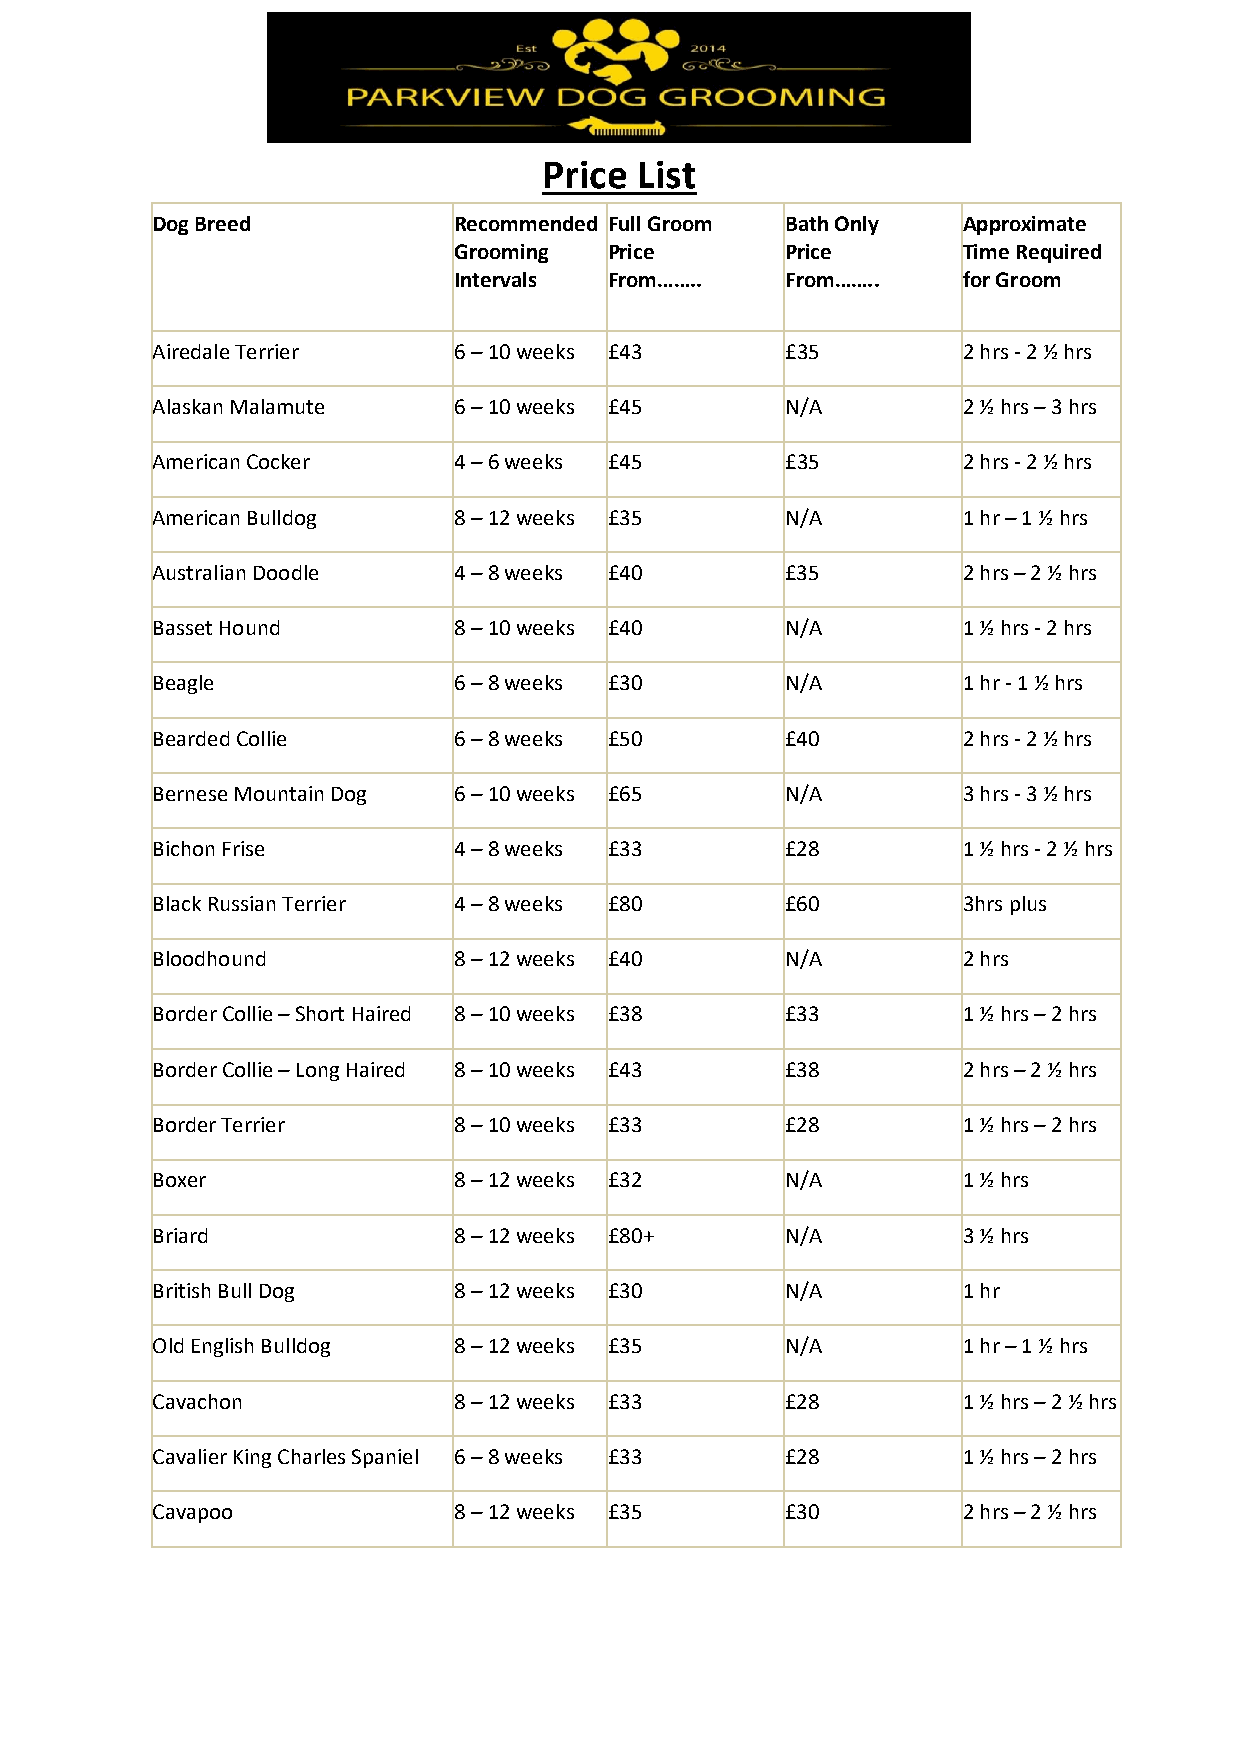
Price List
 Dog Breed           Recommended Full Groom Bath Only  Approximate
 Grooming  Price       Price       Time Required
 Intervals From……..    From……..    for Groom
 Airedale Terrier    6 – 10 weeks £43      £35         2 hrs - 2 ½ hrs
 Alaskan Malamute    6 – 10 weeks £45      N/A         2 ½ hrs – 3 hrs
 American Cocker     4 – 6 weeks £45       £35         2 hrs - 2 ½ hrs
 American Bulldog    8 – 12 weeks £35      N/A         1 hr – 1 ½ hrs
 Australian Doodle   4 – 8 weeks £40       £35         2 hrs – 2 ½ hrs
 Basset Hound        8 – 10 weeks £40      N/A         1 ½ hrs - 2 hrs
 Beagle              6 – 8 weeks £30       N/A         1 hr - 1 ½ hrs
 Bearded Collie      6 – 8 weeks £50       £40         2 hrs - 2 ½ hrs
 Bernese Mountain Dog 6 – 10 weeks £65     N/A         3 hrs - 3 ½ hrs
 Bichon Frise        4 – 8 weeks £33       £28         1 ½ hrs - 2 ½ hrs
 Black Russian Terrier 4 – 8 weeks £80     £60         3hrs plus
 Bloodhound          8 – 12 weeks £40      N/A         2 hrs
 Border Collie – Short Haired 8 – 10 weeks £38 £33     1 ½ hrs – 2 hrs
 Border Collie – Long Haired 8 – 10 weeks £43 £38      2 hrs – 2 ½ hrs
 Border Terrier      8 – 10 weeks £33      £28         1 ½ hrs – 2 hrs
 Boxer               8 – 12 weeks £32      N/A         1 ½ hrs
 Briard              8 – 12 weeks £80+     N/A         3 ½ hrs
 British Bull Dog    8 – 12 weeks £30      N/A         1 hr
 Old English Bulldog 8 – 12 weeks £35      N/A         1 hr – 1 ½ hrs
 Cavachon            8 – 12 weeks £33      £28         1 ½ hrs – 2 ½ hrs
 Cavalier King Charles Spaniel 6 – 8 weeks £33 £28     1 ½ hrs – 2 hrs
 Cavapoo             8 – 12 weeks £35      £30         2 hrs – 2 ½ hrs